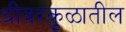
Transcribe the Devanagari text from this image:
धीवरकुळातील